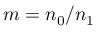
m = n _ { 0 } / n _ { 1 }